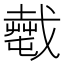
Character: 𢨎